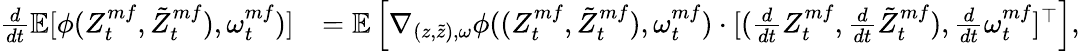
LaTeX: \begin{array}{rl}{\frac{d}{dt}\mathbb{E}[\phi(Z_{t}^{mf},\tilde{Z}_{t}^{mf}),\omega_{t}^{mf})]}&{=\mathbb{E}\left[\nabla_{(z,\tilde{z}),\omega}\phi((Z_{t}^{mf},\tilde{Z}_{t}^{mf}),\omega_{t}^{mf})\cdot[(\frac{d}{dt}Z_{t}^{mf},\frac{d}{dt}\tilde{Z}_{t}^{mf}),\frac{d}{dt}\omega_{t}^{mf}]^{\top}\right],}\end{array}